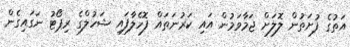
އަތުގެ ފުށަތުން ލޮލަށް ޖަމާވަމުން އައި ކަރުނަތައް ފޮހެލާފައި ޝަހުލްގެ ރިޕޯޓު ނަގައިގެން